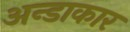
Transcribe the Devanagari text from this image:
अन्डाकार